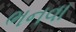
ભનવા